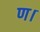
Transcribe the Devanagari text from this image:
ण।